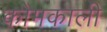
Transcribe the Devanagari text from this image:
कोमकाली